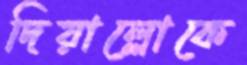
দিয়াল্লোকে